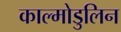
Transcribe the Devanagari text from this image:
काल्मोडुलिन